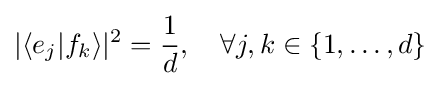
|\langle e_{j}|f_{k}\rangle |^{2}={\frac {1}{d}},\quad \forall j,k\in \{1,\dots ,d\}